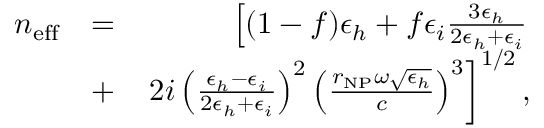
\begin{array} { r l r } { n _ { \mathrm { e f f } } } & { = } & { \left[ ( 1 - f ) \epsilon _ { h } + f \epsilon _ { i } \frac { 3 \epsilon _ { h } } { 2 \epsilon _ { h } + \epsilon _ { i } } \right. } \\ & { + } & { \left. 2 i \left( \frac { \epsilon _ { h } - \epsilon _ { i } } { 2 \epsilon _ { h } + \epsilon _ { i } } \right) ^ { 2 } \left( \frac { r _ { \mathrm { N P } } \omega \sqrt { \epsilon _ { h } } } { c } \right) ^ { 3 } \right] ^ { 1 / 2 } , } \end{array}